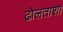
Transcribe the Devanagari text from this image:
ढोलताशा